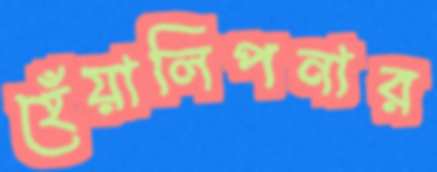
হেঁয়ালিপনার